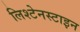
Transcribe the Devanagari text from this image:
लिश्टेनस्टाइन